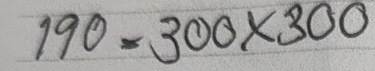
190 = 300x300